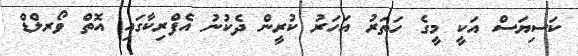
ކަސިޔަސް އަކީ މީގެ ހަތަރު އަހަރު ކުރީން ދެކުނު އެފްރިކާގައި އޮތް ވޯރލްޑް